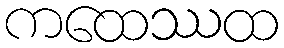
ကထေဿထ